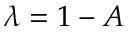
\lambda = 1 - A